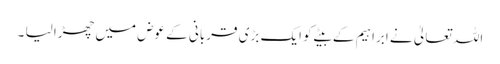
اللہ تعالیٰ نے ابراہیم کے بیٹے کو ایک بڑی قربانی کے عوض میں چھڑا لیا ۔